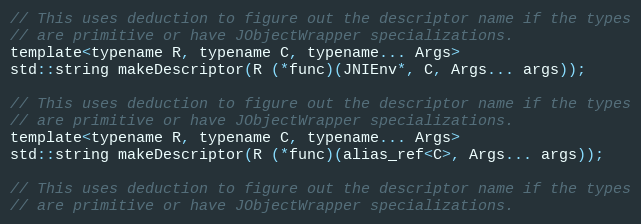
Language: C
// This uses deduction to figure out the descriptor name if the types
// are primitive or have JObjectWrapper specializations.
template<typename R, typename C, typename... Args>
std::string makeDescriptor(R (*func)(JNIEnv*, C, Args... args));

// This uses deduction to figure out the descriptor name if the types
// are primitive or have JObjectWrapper specializations.
template<typename R, typename C, typename... Args>
std::string makeDescriptor(R (*func)(alias_ref<C>, Args... args));

// This uses deduction to figure out the descriptor name if the types
// are primitive or have JObjectWrapper specializations.